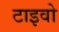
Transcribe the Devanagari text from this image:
टाइवो